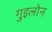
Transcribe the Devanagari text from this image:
गुइलोन